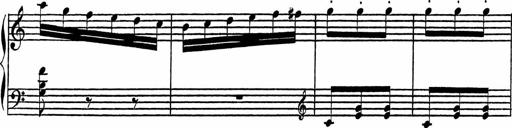
Title: 4 Piano Sonatinas
Composer: Adam Geibel